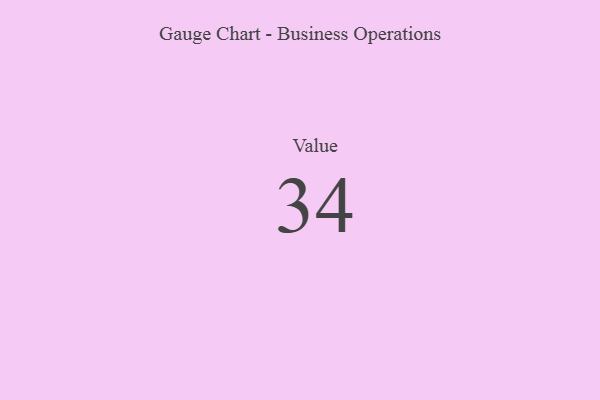
{"axis": {"x": "Metric", "y": "Value"}, "legend": [""], "data": [{"x": "Value", "y": 34, "type": ""}]}